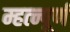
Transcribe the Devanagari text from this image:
म्हत्न्पूर्ण